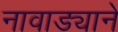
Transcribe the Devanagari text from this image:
नावाड्याने